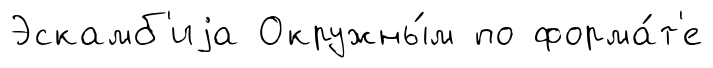
Эскамб'иjа Окружны́м по форма́т'е